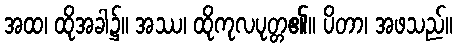
အထ၊ ထိုအခါ၌။ အဿ၊ ထိုကုလပုတ္တ၏။ ပိတာ၊ အဖသည်။